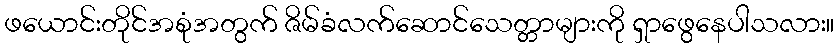
ဖယောင်းတိုင်အစုံအတွက် ဇိမ်ခံလက်ဆောင်သေတ္တာများကို ရှာဖွေနေပါသလား။